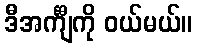
ဒီအင်္ကျီကို ဝယ်မယ်။